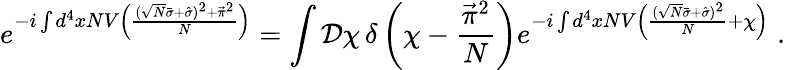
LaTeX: e^{-i\int d^{4}xNV\left(\frac{(\sqrt{N}\bar{\sigma}+\hat{\sigma})^{2}+\vec{\pi}^{2}}{N}\right)}=\int{\cal D}\chi\, \delta\left(\chi-\frac{\vec{\pi}^{2}}{N}\right)e^{-i\int d^{4}xNV\left(\frac{(\sqrt{N}\bar{\sigma}+\hat{\sigma})^{2}}{N}+\chi\right)}\; .